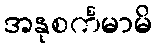
အနုစင်္ကမာမိ